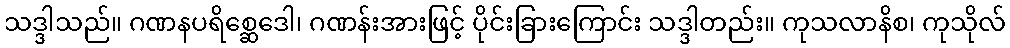
သဒ္ဒါသည်။ ဂဏနပရိစ္ဆေဒေါ၊ ဂဏန်းအားဖြင့် ပိုင်းခြားကြောင်း သဒ္ဒါတည်း။ ကုသလာနိစ၊ ကုသိုလ်